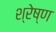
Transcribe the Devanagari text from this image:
श्रेष्‍ण